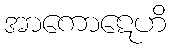
အာကောဋေဟိ